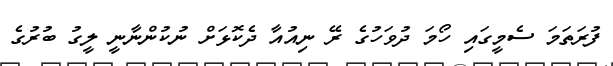
ފުރަތަމަ ސެމީގައި ހޯމަ ދުވަހުގެ ރޭ ނިއުއާ ދެކޮޅަށް ނުކުންނާނީ ލީގު ބުރުގެ